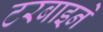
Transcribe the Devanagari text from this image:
टरबाइने